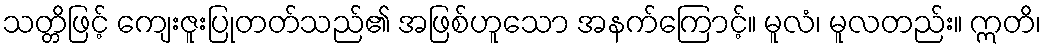
သတ္တိဖြင့် ကျေးဇူးပြုတတ်သည်၏ အဖြစ်ဟူသော အနက်ကြောင့်။ မူလံ၊ မူလတည်း။ ဣတိ၊